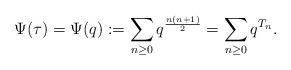
LaTeX: \begin{align*}\Psi(\tau)=\Psi(q):=\sum_{n\geq 0}q^{\frac{n(n+1)}{2}}=\sum_{n\geq 0}q^{T_n}. \end{align*}